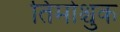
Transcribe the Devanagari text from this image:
तिमोश्चुक